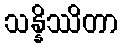
သန္နိဿိတာ